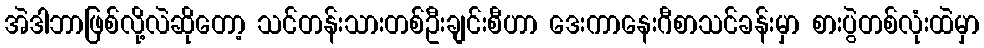
အဲဒါဘာဖြစ်လို့လဲဆိုတော့ သင်တန်းသားတစ်ဦးချင်းစီဟာ ဒေးကာနေးဂီစာသင်ခန်းမှာ စားပွဲတစ်လုံးထဲမှာ